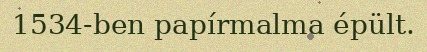
1534-ben papírmalma épült.